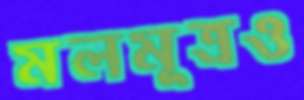
মলমূত্রও